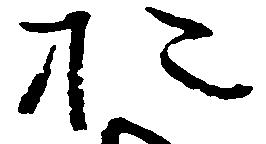
於